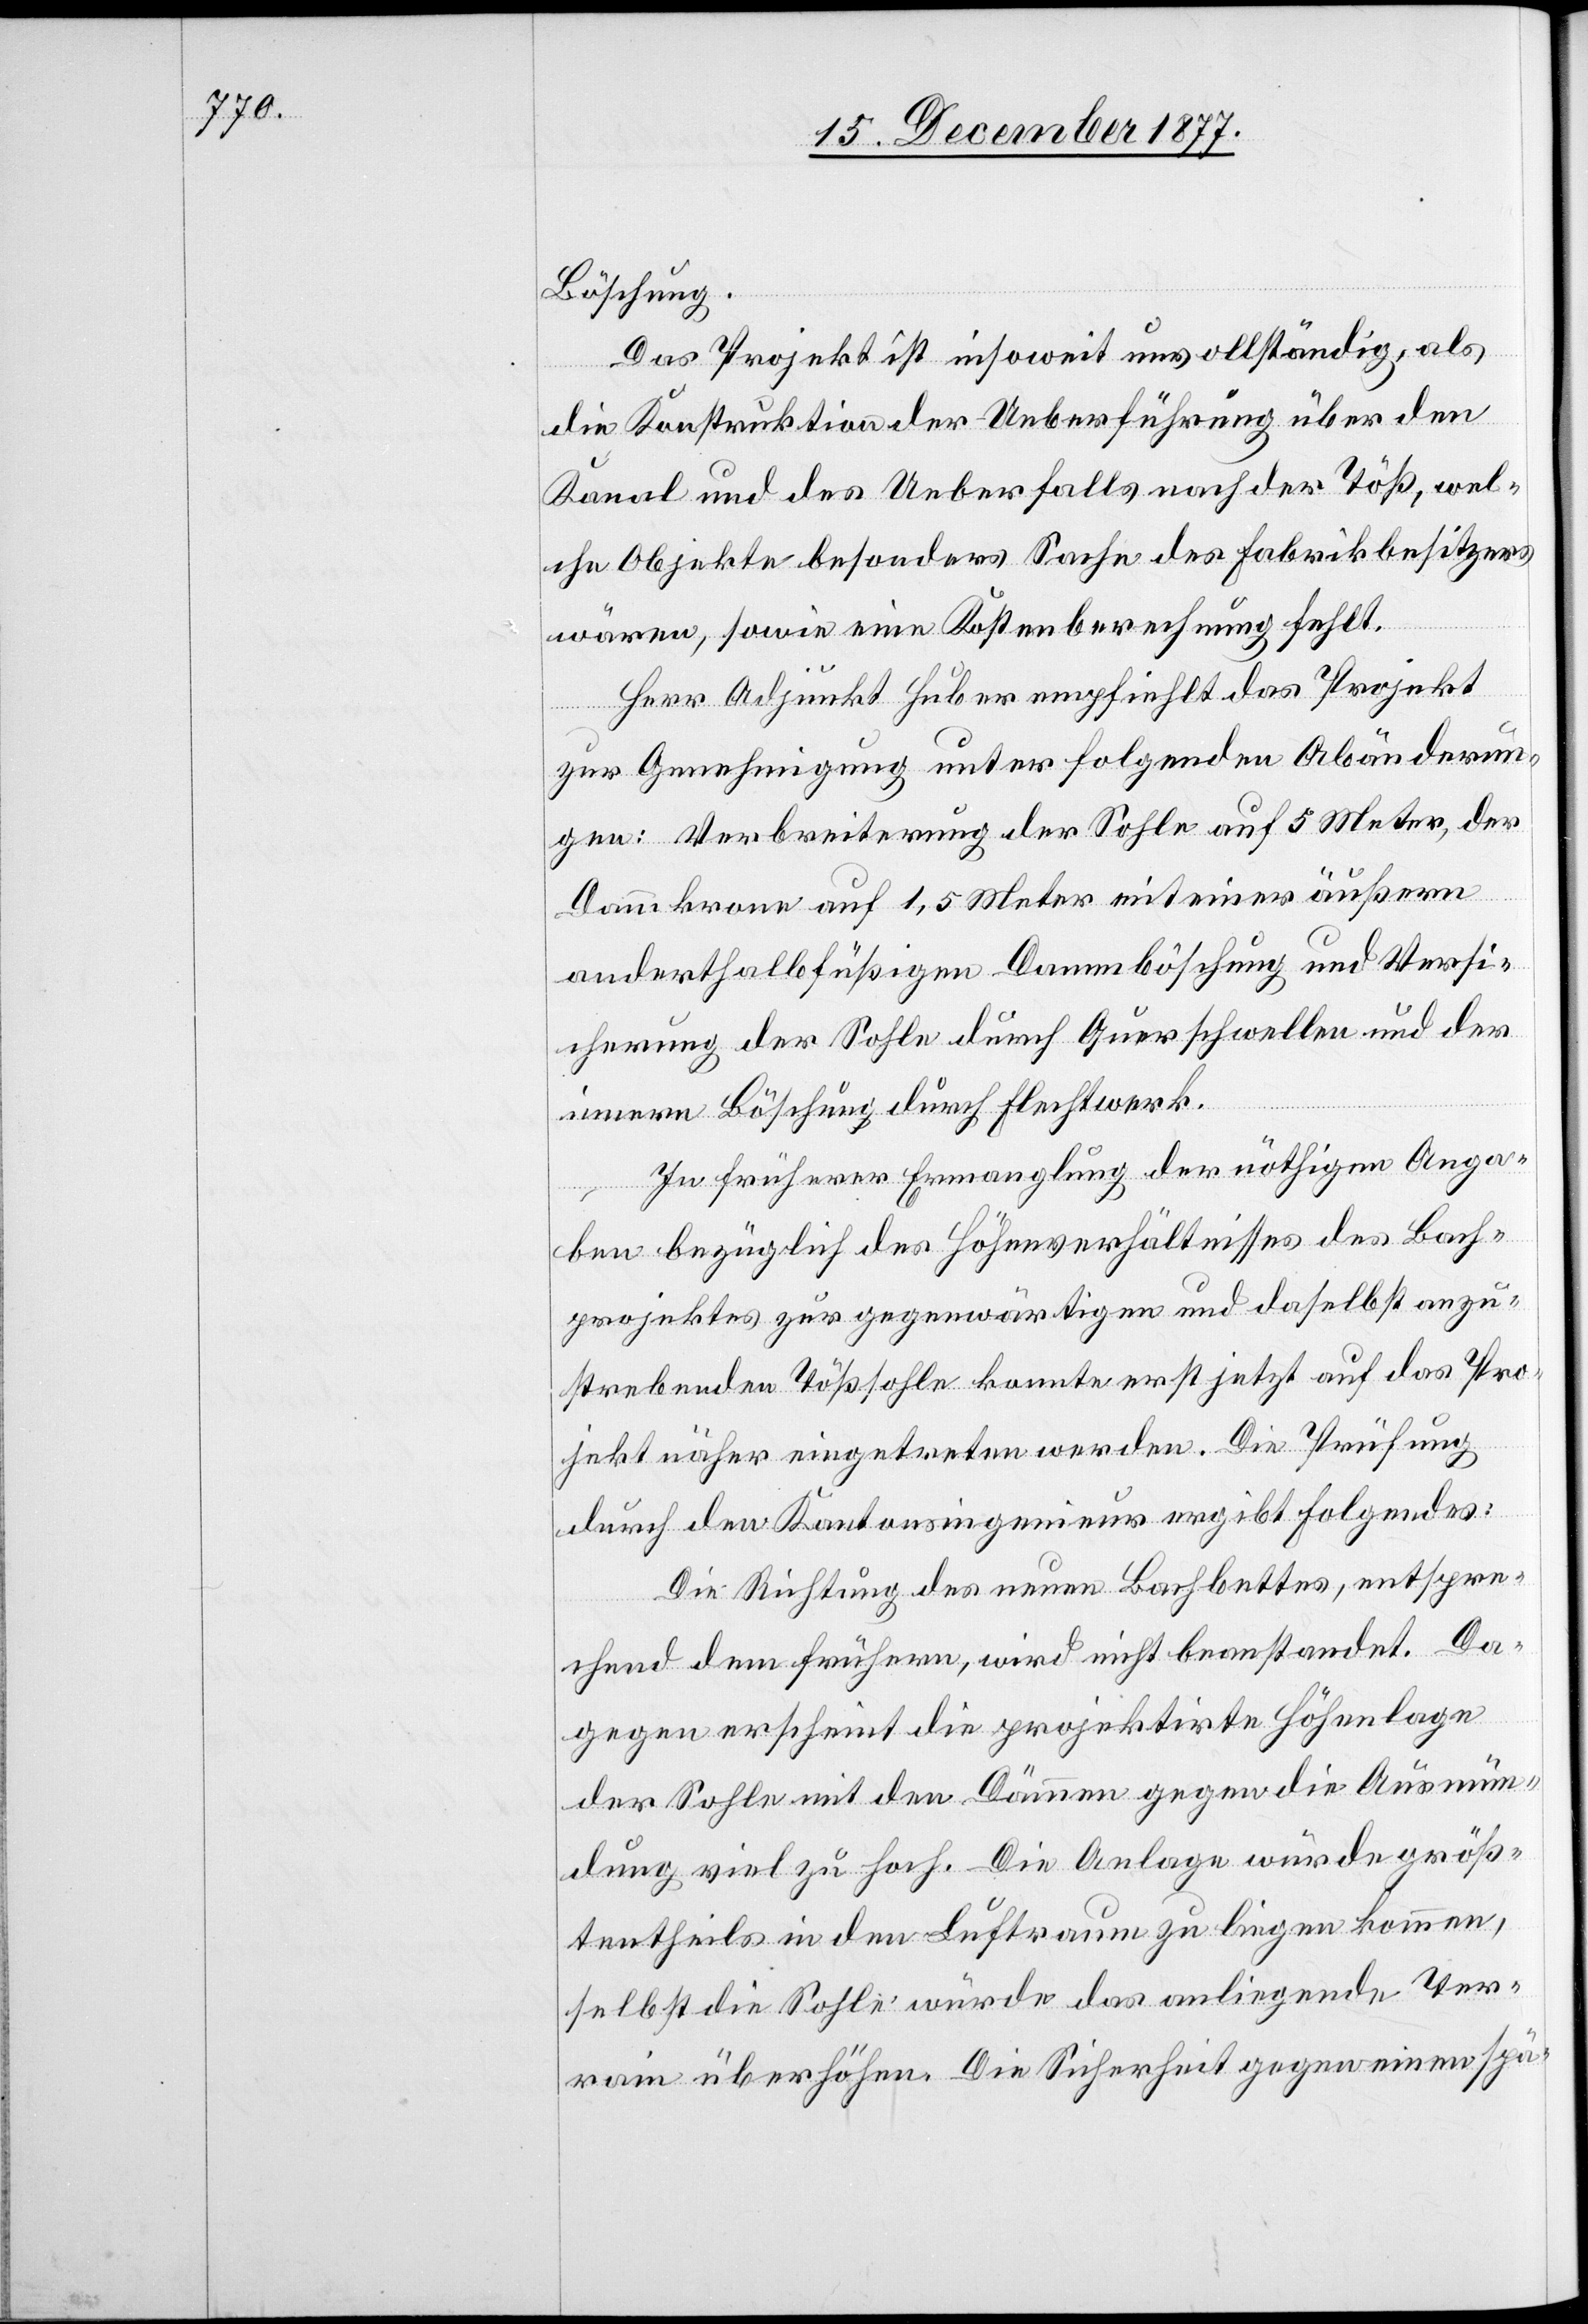
Böschung.
Das Projekt ist insoweit unvollständig, als
die Konstruktion der Ueberführung über den
Kanal und des Ueberfalls nach der Töß, wel¬
che Objekte besonders Sache des Fabrikbesitzers
wären, sowie eine Kostenberechnung fehlt.
Herr Adjunkt Huber empfiehlt das Projekt
zur Genehmigung unter folgenden Abänderun¬
gen: Verbreiterung der Sohle auf 5 Meter, der
Dammkrone auf 1,5 Meter mit einer äußern
anderthalbfüßigen Dammböschung und Versi¬
cherung der Sohle durch Querschwellen und der
innern Böschung durch Flechtwerk.
In früherer Ermanglung der nöthigen Anga¬
ben bezüglich des Höhenverhältnisses des Bach¬
projektes zur gegenwärtigen und daselbst anzu¬
strebenden Tößsohle konnte erst jetzt auf das Pro¬
jekt näher eingetreten werden. Die Prüfung
durch den Kantonsingenieur ergibt Folgendes:
Die Richtung des neuen Bachbettes, entspre¬
chend dem frühern, wird nicht beanstandet. Da¬
gegen erscheint die projektirte Höhenlage
der Sohle mit den Dämmen gegen die Ausmün¬
dung viel zu hoch. Die Anlage würde größ¬
tentheils in den Luftraum zu liegen kommen,
selbst die Sohle würde das anliegende Ter¬
rain überhöhen. Die Sicherheit gegen einen spä-